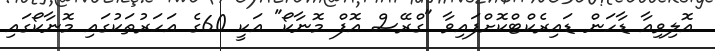
އޮލިވިއާ ޑާހަން ޑައިރެކްޓްކޮށްފައިވާ "ގްރޭސް އޮފް މޮނާކޯ" އަކީ 60ގެ އަހަރުތަކުގައި މޮނާކޯގައި